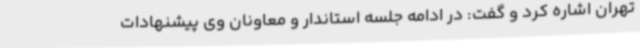
تهران اشاره کرد و گفت: در ادامه جلسه استاندار و معاونان وی پیشنهادات